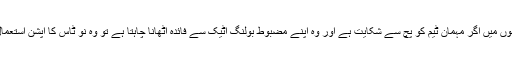
چار روزہ میچوں میں اگر مہمان ٹیم کو پچ سے شکایت ہے اور وہ اپنے مضبوط بولنگ اٹیک سے فائدہ اٹھانا چاہتا ہے تو وہ نو ٹاس کا آپشن استعمال کرسکتا ہے۔